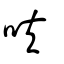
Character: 呋